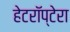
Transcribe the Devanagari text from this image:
हेटरॉप्टेरा